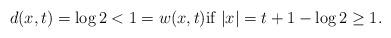
LaTeX: \begin{align*} d(x,t)=\log 2 <1=w(x,t) \mbox{if} \ |x|=t+1-\log 2 \geq 1. \end{align*}